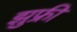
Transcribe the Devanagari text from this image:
झुफ्री